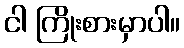
ငါ ကြိုးစားမှာပါ။